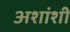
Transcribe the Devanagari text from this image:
अशांशी